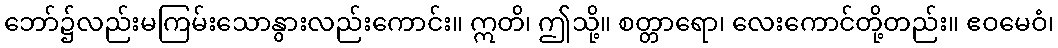
ဘော်၌လည်းမကြမ်းသောနွားလည်းကောင်း။ ဣတိ၊ ဤသို့။ စတ္တာရော၊ လေးကောင်တို့တည်း။ ဧဝမေဝံ၊